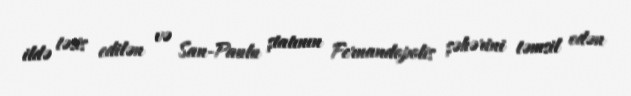
ildə təsis edilən və San-Paulu ştatının Fernandopolis şəhərini təmsil edən